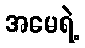
အမေရဲ့